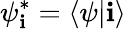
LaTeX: \psi_{\mathbf{i}}^{*}=\langle\psi|\mathbf{i}\rangle